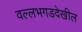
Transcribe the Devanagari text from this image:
वल्लभगडदेखील